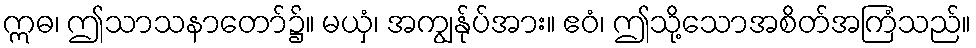
ဣဓ၊ ဤသာသနာတော်၌။ မယှံ၊ အကျွန်ုပ်အား။ ဧဝံ၊ ဤသို့သောအစိတ်အကြံသည်။